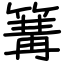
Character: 篝